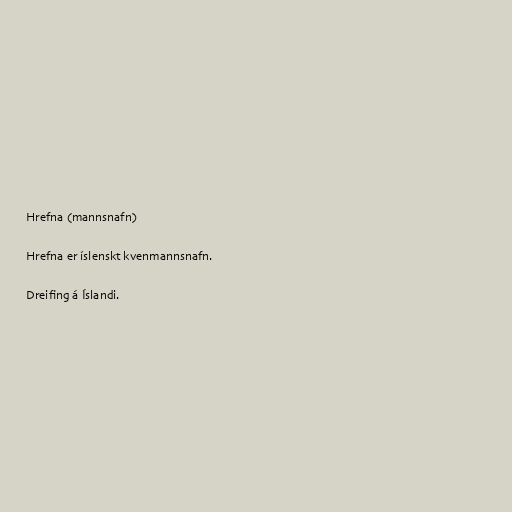
Hrefna (mannsnafn)

Hrefna er íslenskt kvenmannsnafn.

Dreifing á Íslandi.